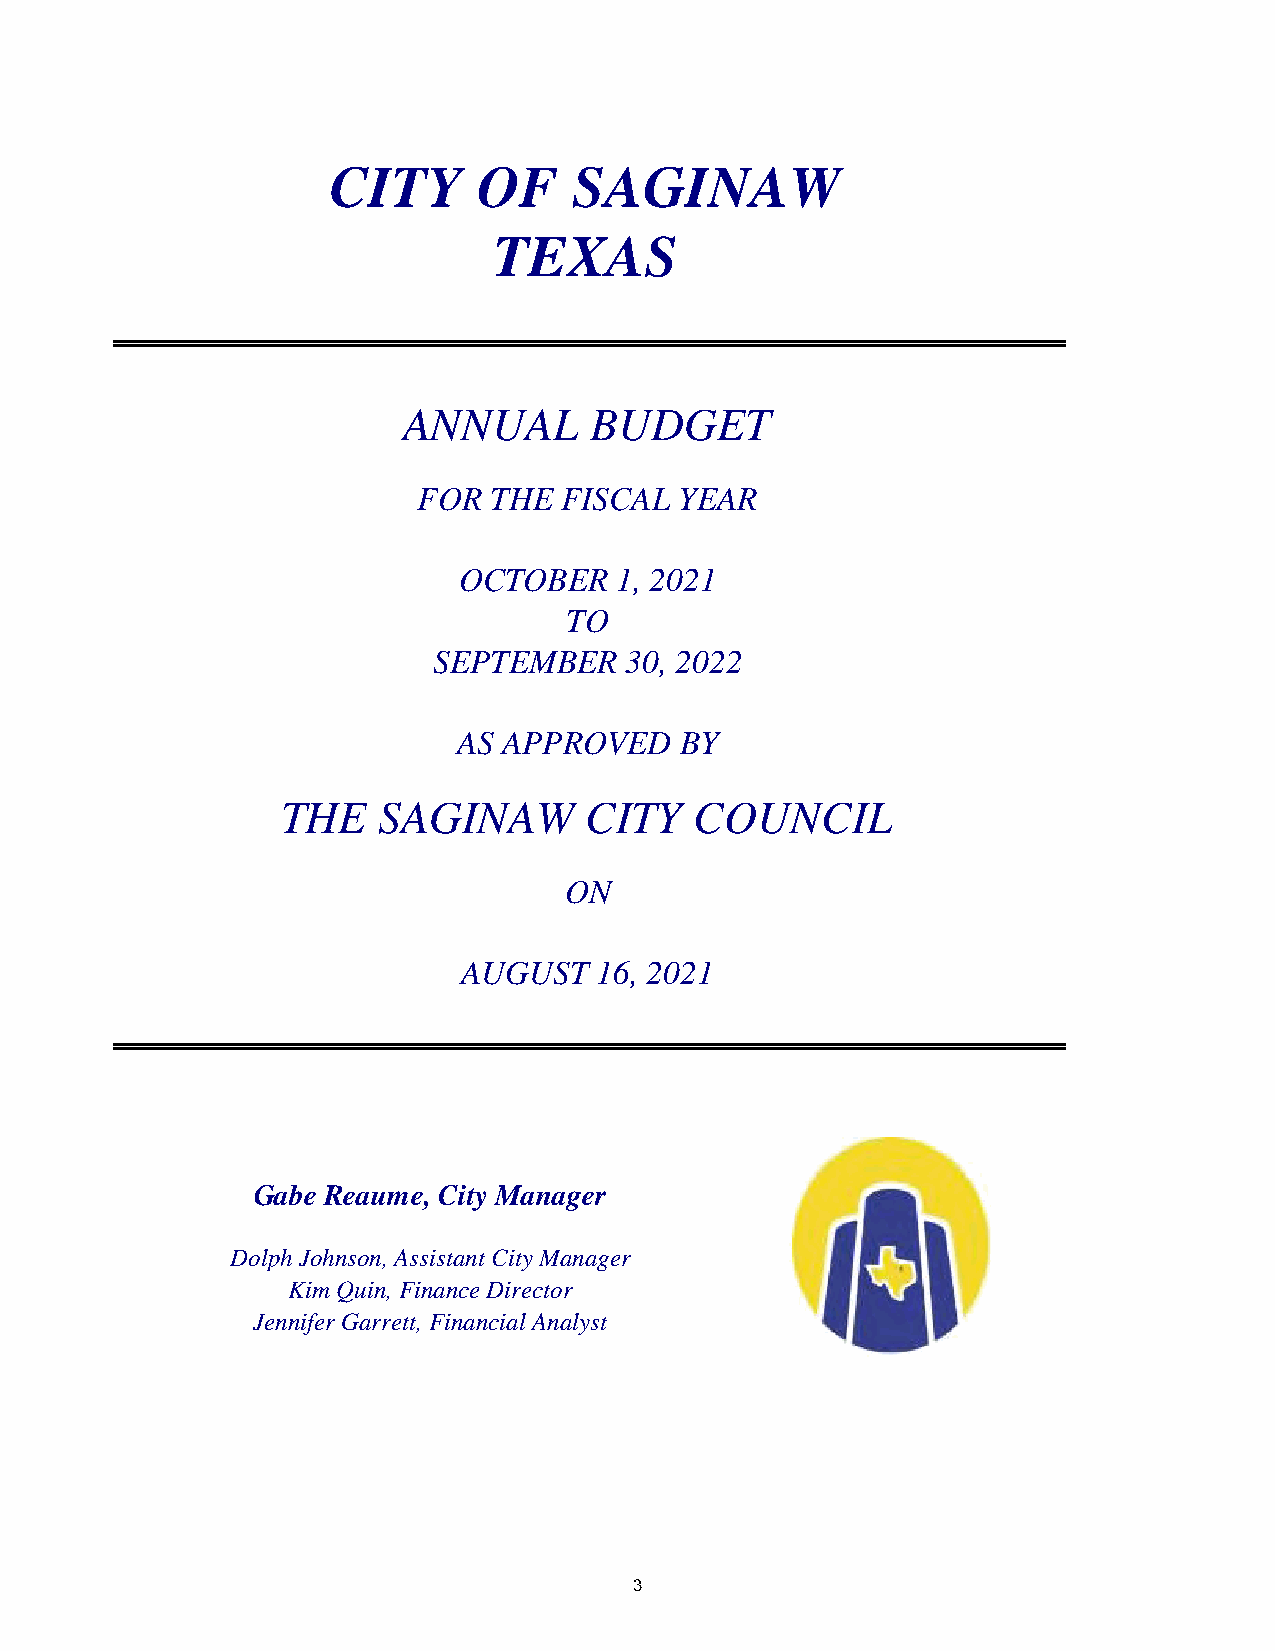
CITY      OF    SAGINAW
 TEXAS
 ANNUAL      BUDGET
 FOR THE  FISCAL  YEAR
 OCTOBER    1, 2021
 TO
 SEPTEMBER   30, 2022
 AS APPROVED    BY
 THE   SAGINAW       CITY   COUNCIL
 ON
 AUGUST   16, 2021
 Gabe Reaume, City Manager
 Dolph Johnson, Assistant City Manager
 Kim Quin, Finance Director
 Jennifer Garrett, Financial Analyst
 3